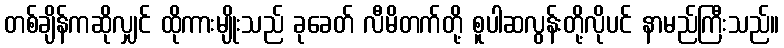
တစ်ချိန်ကဆိုလျှင် ထိုကားမျိုးသည် ခုခေတ် လီမိတက်တို့ စူပါဆလွန်းတို့လိုပင် နာမည်ကြီးသည်။